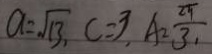
a = \sqrt { 1 3 } , C = 3 , A = \frac { 2 \pi } { 3 } ,